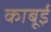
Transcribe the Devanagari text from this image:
काबूई